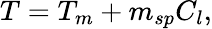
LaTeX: T=T_{m}+m_{sp}C_{l},